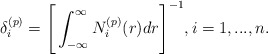
\begin{align*}\delta_{i}^{(p)}=\Bigg[\int_{-\infty}^{\infty}N_{i}^{(p)}(r)dr\Bigg]^{-1}, i=1,...,n. \end{align*}